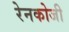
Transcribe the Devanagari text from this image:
रेनकोजी